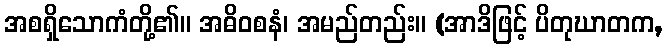
အစရှိသောကံတို့၏။ အဓိဝစနံ၊ အမည်တည်း။ (အာဒိဖြင့် ပိတုဃာတက,